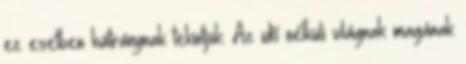
ez esetben hátránynak tekintjük. Az idő nélküli világnak magának